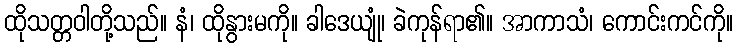
ထိုသတ္တဝါတို့သည်။ နံ၊ ထိုနွားမကို။ ခါဒေယျုံ၊ ခဲကုန်ရာ၏။ အာကာသံ၊ ကောင်းကင်ကို။